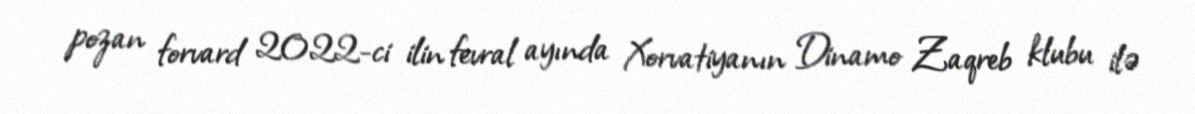
pozan forvard 2022-ci ilin fevral ayında Xorvatiyanın Dinamo Zaqreb klubu ilə